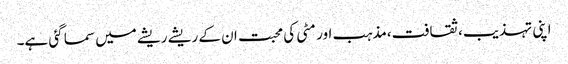
اپنی تہذیب،ثقافت،مذہب اور مٹی کی محبت ان کے ریشے ریشے میں سما گئی ہے۔